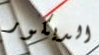
الديكور